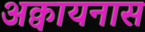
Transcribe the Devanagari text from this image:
अक्वायनास